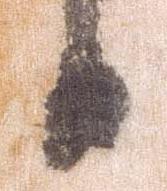
日